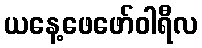
ယနေ့ဖေဖော်ဝါရီလ